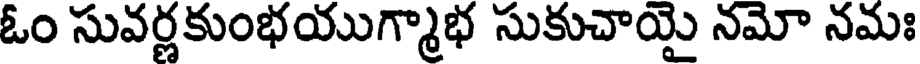
ఓం సువర్ణకుంభయుగ్మాభ సుకుచాయై నమో నమః